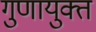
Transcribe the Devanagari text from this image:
गुणायुक्त